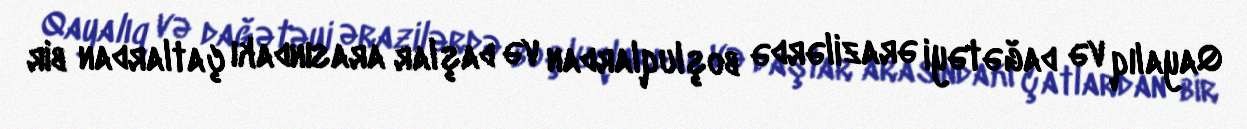
Qayalıq və dağətəyi ərazilərdə boşluqlardan və daşlar arasındakı çatlardan bir